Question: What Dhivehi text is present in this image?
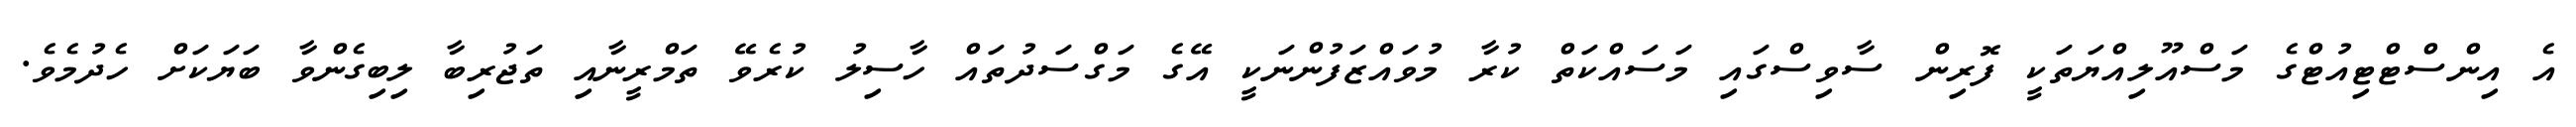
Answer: އެ އިންސްޓްޓިއުޓްގެ މަސްއޫލިއްޔަތަކީ ފޮރިން ސާވިސްގައި މަސައްކަތް ކުރާ މުވައްޒަފުންނަކީ އޭގެ މަގްސަދުތައް ހާސިލު ކުރެވޭ ތަމްރީނާއި ތަޖުރިބާ ލިބިގެންވާ ބަޔަކަށް ހެދުމެވެ.